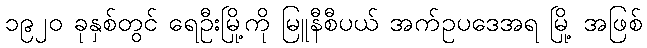
၁၉၂၀ ခုနှစ်တွင် ရေဦးမြို့ကို မြူနီစီပယ် အက်ဥပဒေအရ မြို့ အဖြစ်